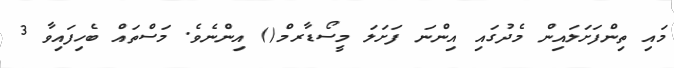
މައި ތިންފަށަލައިން މެދުގައި އިންނަ ފަށަލަ މީސޯޑާރމް() އިންނެވެ. މަސްތައް ބެހިފައިވާ 3